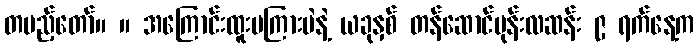
တပည့်တော်။ ။ အကြောင်းထူးမကြားပဲနဲ့ ယခုနှစ် တန်ဆောင်မုန်းလဆန်း ၉ ရက်နေ့က